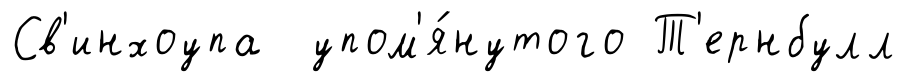
Св'инхоупа упом'я́нутого Т'ернбулл